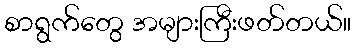
စာရွက်တွေ အများကြီးဖတ်တယ်။